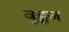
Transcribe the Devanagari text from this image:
वूडूज